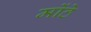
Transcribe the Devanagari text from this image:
मोंठे